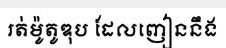
រត់ម៉ូតូឌុប ដែលញៀននឹង